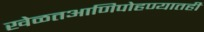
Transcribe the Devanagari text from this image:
खेळतआणिपोहण्यातही